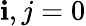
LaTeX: \mathbf{i},j=0